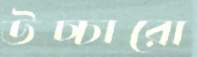
উচ্চারো